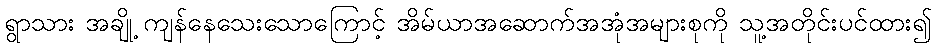
ရွာသား အချို့ ကျန်နေသေးသောကြောင့် အိမ်ယာအဆောက်အအုံအများစုကို သူ့အတိုင်းပင်ထား၍